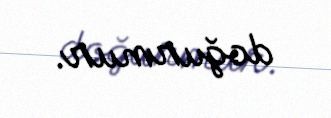
doğurmur.